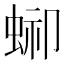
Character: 𧌞